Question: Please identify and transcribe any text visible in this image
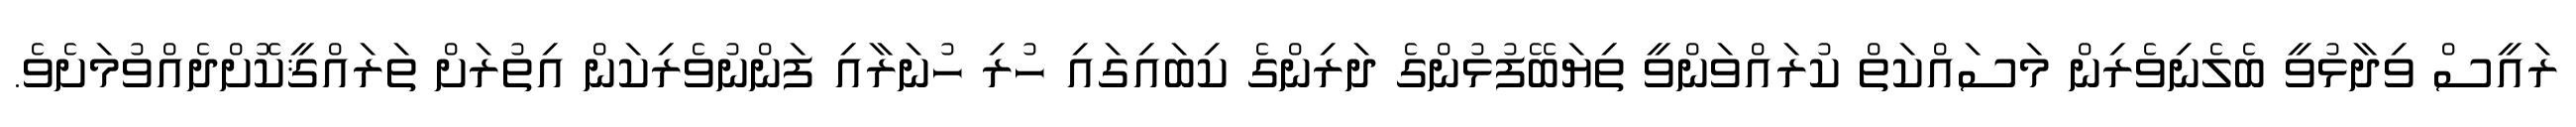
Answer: ރައީސް ވިދާޅުވީ ބެލެނިވެރިން މަސައްކަތް ކުރައްވަންވީ ތިޔަބޭފުޅުންގެ ދަރިންގެ ކިބައިގައި ހުރި ހުނަރާއި ފަންނުވެރިކަން އިތުރަށް ތަރައްޤީކޮށްދެއްވުމަށެވެ.